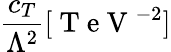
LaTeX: \frac{c_{T}}{\Lambda^{2}}[\mathrm{~T~e~V~}^{-2}]